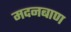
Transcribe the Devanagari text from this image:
मदनबाण